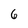
Character: 6